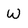
Character: w